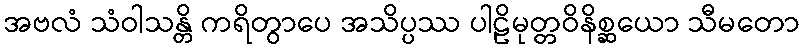
အဗလံ သံဝါသန္တိ ကရိတွာပေ အသိပ္ပဿ ပါဠိမုတ္တဝိနိစ္ဆယော သီမတော